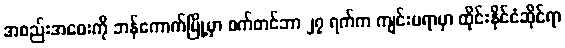
အစည်းအဝေးကို ဘန်ကောက်မြို့မှာ စက်တင်ဘာ ၂၇ ရက်က ကျင်းပရာမှာ ထိုင်းနိုင်ငံဆိုင်ရာ